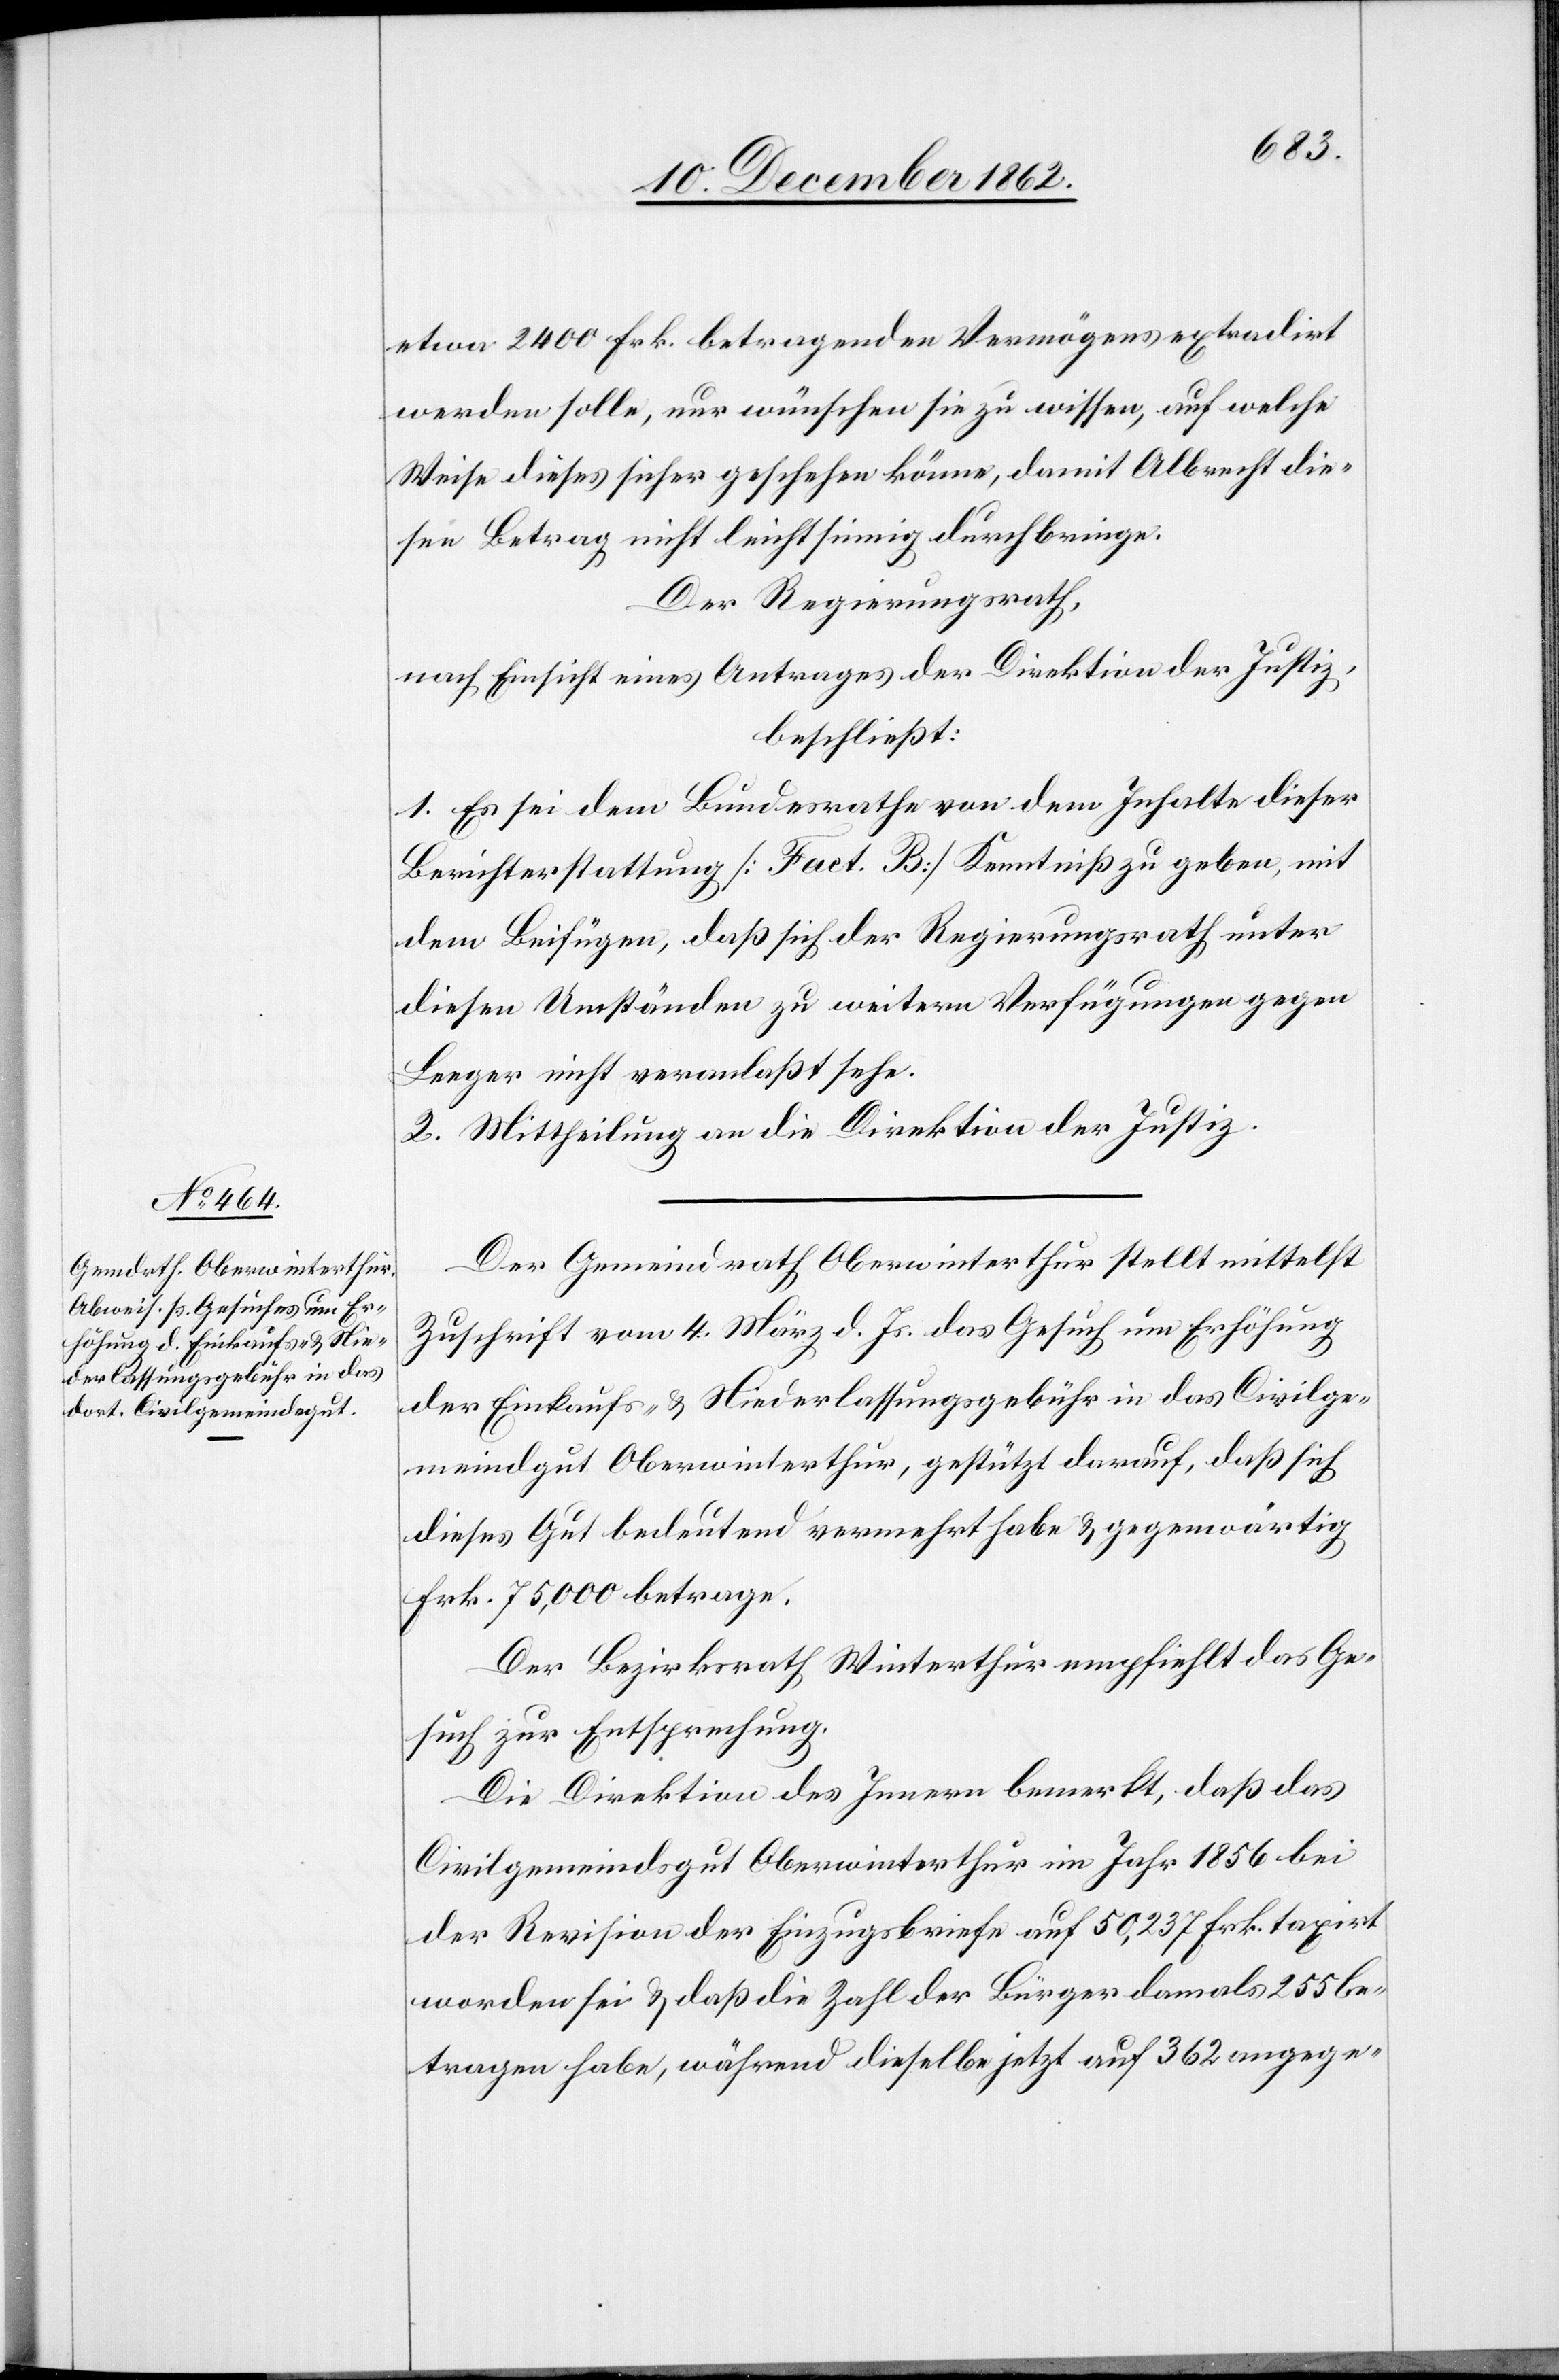
etwa 2 400 Frk. betragenden Vermögens extradirt
werden solle, nur wünschen sie zu wissen, auf welche
Weise dieses geschehen könne, damit Albrecht die¬
sen Betrag nicht leichtsinnig durchbringe.
Der Regierungsrath,
nach Einsicht eines Antrages der Direktion der Justiz,
beschließt:
1. Es sei dem Bundesrath von dem Inhalte dieser
Berichterstattung [Fact. B] Kenntniß zu geben, mit
dem Beifügen, daß sich der Regierungsrath unter
diesen Umständen zu weitern Verfügungen gegen
Leeger nicht veranlaßt sehe.
2. Mittheilung an die Direktion der Justiz.
Der Gemeindrath Oberwinterthur stellt mittelst
Zuschrift vom 4. März d. Js. das Gesuch um Erhöhung
der Einkaufs- & Niederlassungsgebühren in das Civilge¬
meind[e]gut Oberwinterthur, gestützt darauf, daß sich
dieses Gut bedeutend vermehrt habe & gegenwärtig
Frk. 75,000 betrage.
Der Bezirksrath Winterthur empfiehlt das Ge¬
such zur Entsprechung.
Die Direktion des Innern bemerkt, daß das
Civilgemeindsgut Oberwinterthur im Jahr 1856 bei
der Revision der Einzugsbriefe auf 50,237 Frk. taxirt
worden sei & daß die Zahl der Bürger damals 255 be¬
tragen habe, während dieselbe jetzt auf 362 angege-